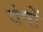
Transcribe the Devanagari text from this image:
वंषों